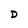
Character: D